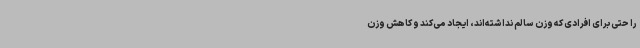
را حتی برای افرادی که وزن سالم نداشته‌اند، ایجاد می‌کند و کاهش وزن